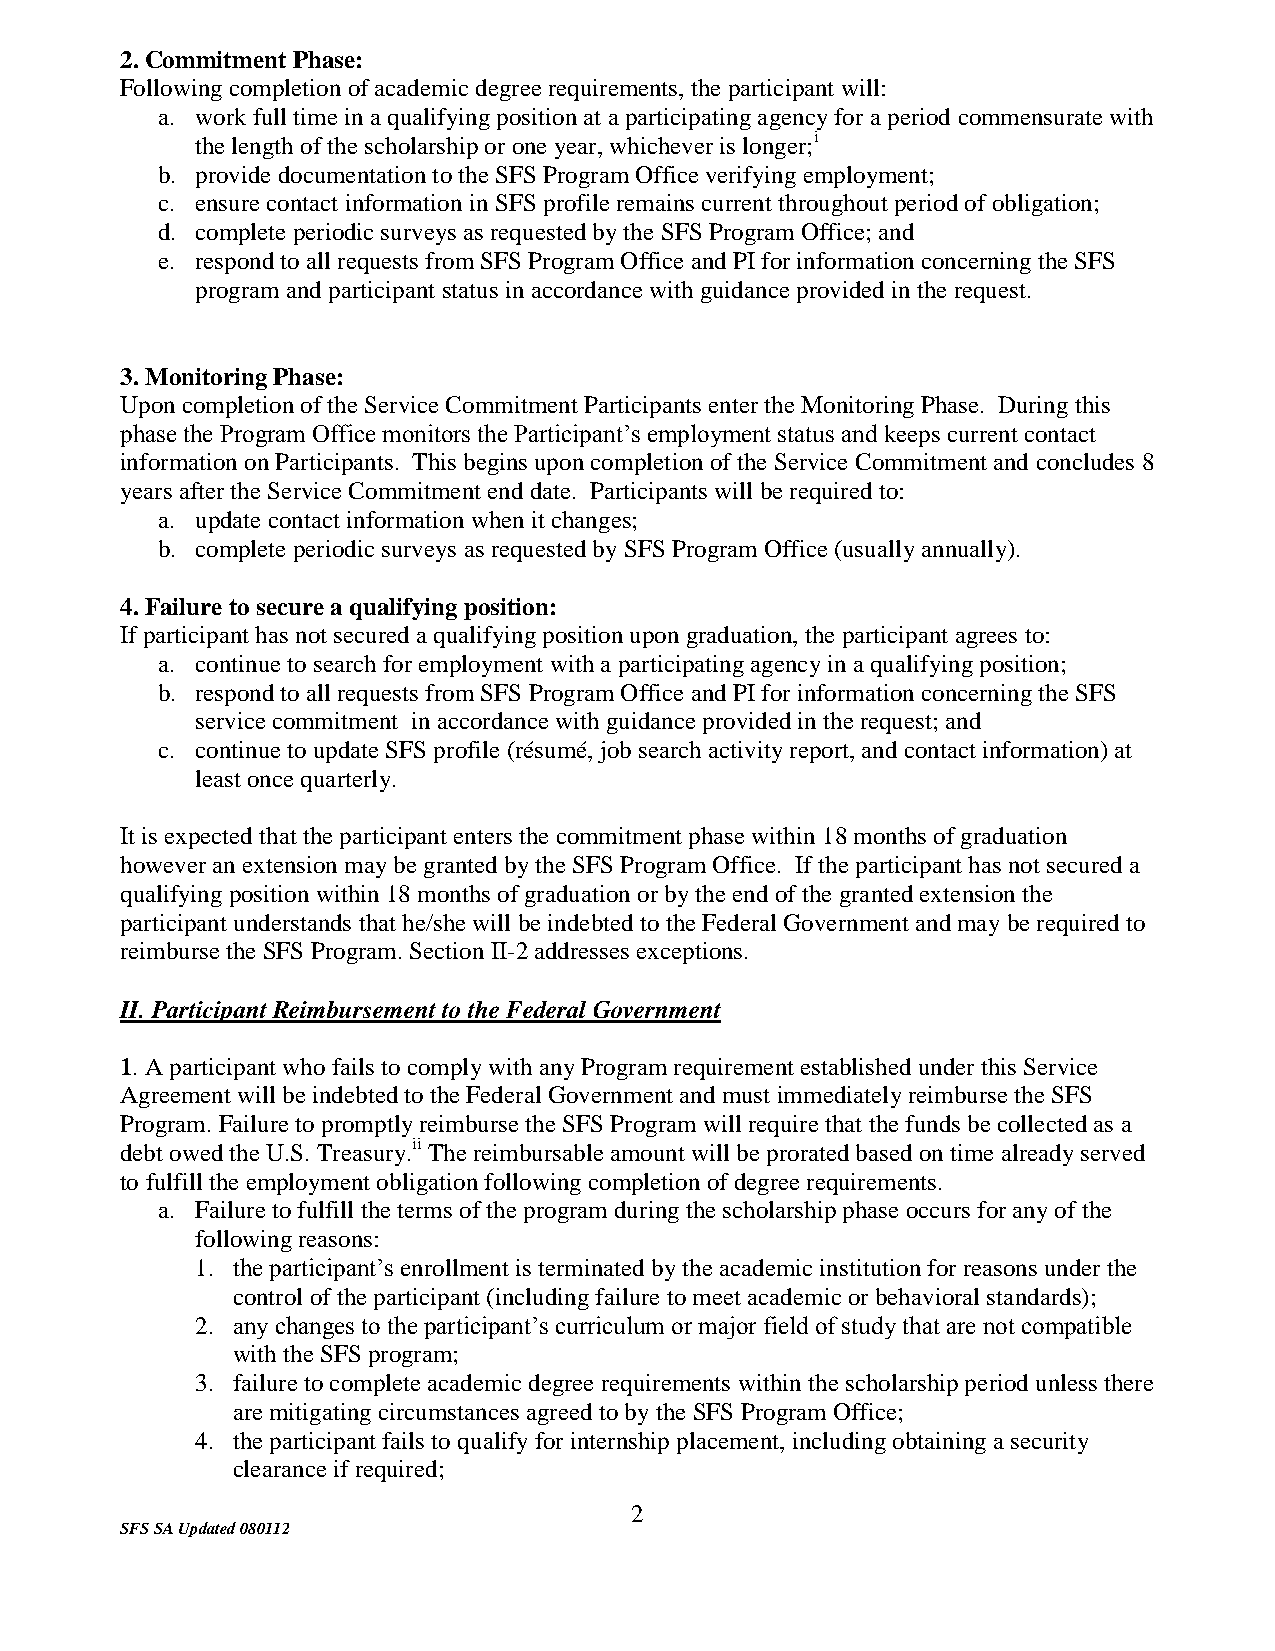
2. Commitment Phase:
 Following completion of academic degree requirements, the participant will:
 a. work full time in a qualifying position at a participating agency for a period commensurate with
 the length of the scholarship or one year, whichever is longer;i
 b. provide documentation to the SFS Program Office verifying employment;
 c. ensure contact information in SFS profile remains current throughout period of obligation;
 d. complete periodic surveys as requested by the SFS Program Office; and
 e. respond to all requests from SFS Program Office and PI for information concerning the SFS
 program and participant status in accordance with guidance provided in the request.
 3. Monitoring Phase:
 Upon completion of the Service Commitment Participants enter the Monitoring Phase. During this
 phase the Program Office monitors the Participant’s employment status and keeps current contact
 information on Participants. This begins upon completion of the Service Commitment and concludes 8
 years after the Service Commitment end date. Participants will be required to:
 a. update contact information when it changes;
 b. complete periodic surveys as requested by SFS Program Office (usually annually).
 4. Failure to secure a qualifying position:
 If participant has not secured a qualifying position upon graduation, the participant agrees to:
 a. continue to search for employment with a participating agency in a qualifying position;
 b. respond to all requests from SFS Program Office and PI for information concerning the SFS
 service commitment in accordance with guidance provided in the request; and
 c. continue to update SFS profile (résumé, job search activity report, and contact information) at
 least once quarterly.
 It is expected that the participant enters the commitment phase within 18 months of graduation
 however an extension may be granted by the SFS Program Office. If the participant has not secured a
 qualifying position within 18 months of graduation or by the end of the granted extension the
 participant understands that he/she will be indebted to the Federal Government and may be required to
 reimburse the SFS Program. Section II-2 addresses exceptions.
 II. Participant Reimbursement to the Federal Government
 1. A participant who fails to comply with any Program requirement established under this Service
 Agreement will be indebted to the Federal Government and must immediately reimburse the SFS
 Program. Failure to promptly reimburse the SFS Program will require that the funds be collected as a
 debt owed the U.S. Treasury.ii The reimbursable amount will be prorated based on time already served
 to fulfill the employment obligation following completion of degree requirements.
 a. Failure to fulfill the terms of the program during the scholarship phase occurs for any of the
 following reasons:
 1. the participant’s enrollment is terminated by the academic institution for reasons under the
 control of the participant (including failure to meet academic or behavioral standards);
 2. any changes to the participant’s curriculum or major field of study that are not compatible
 with the SFS program;
 3. failure to complete academic degree requirements within the scholarship period unless there
 are mitigating circumstances agreed to by the SFS Program Office;
 4. the participant fails to qualify for internship placement, including obtaining a security
 clearance if required;
 2
 SFS SA Updated 080112